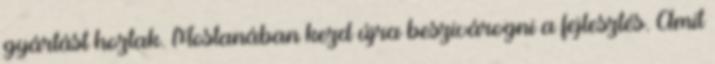
gyártást hoztak. Mostanában kezd újra beszivárogni a fejlesztés. Amit